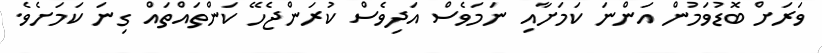
ވަރަށް ބޮޑުވަމުން އަންނަ ކަމަށާއި ނަމަވެސް އަދިވެސް ކުރަންޖެހޭ ކަންތައްތައް ގިނަ ކަމަށެވެ.